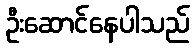
ဦးဆောင်နေပါသည်